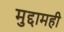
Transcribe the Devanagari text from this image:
मुद्दामही